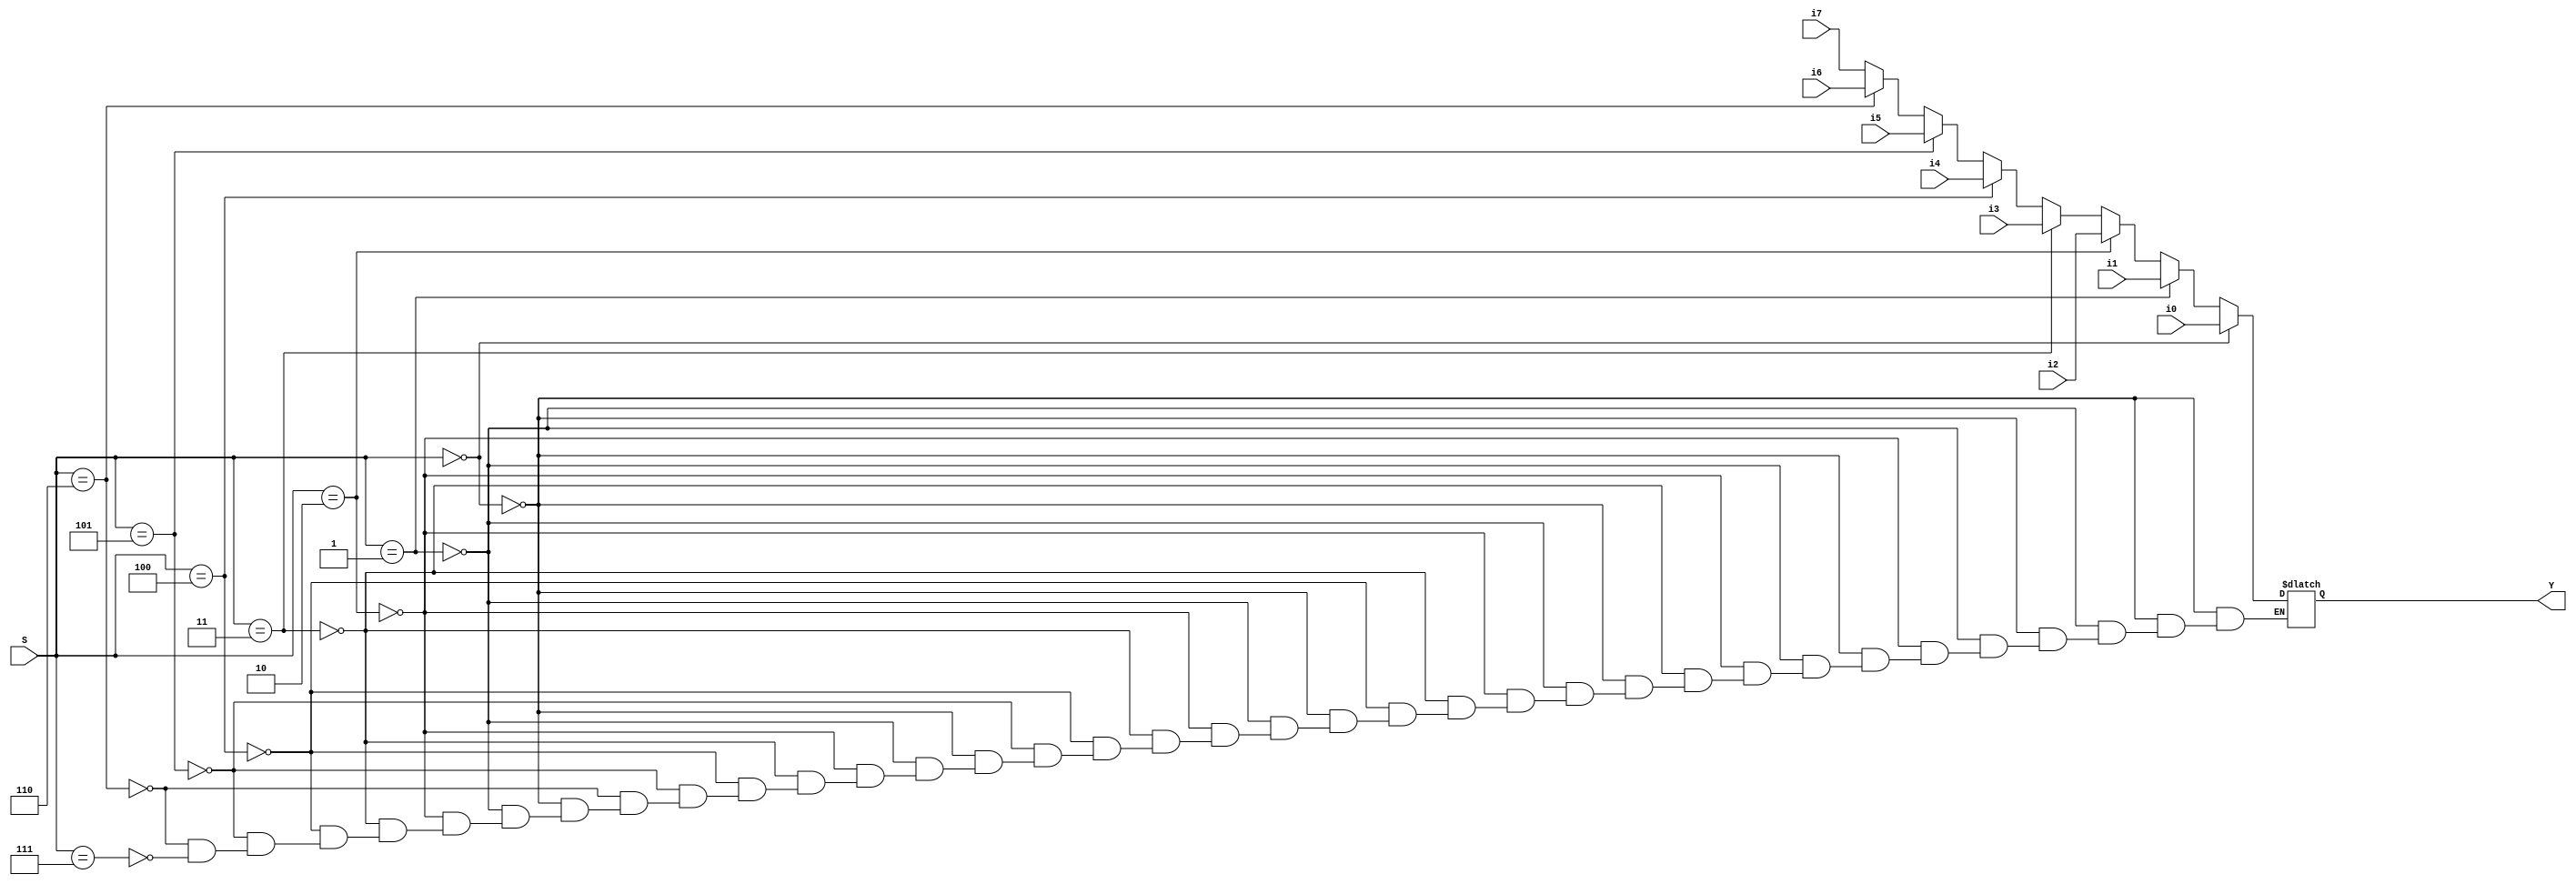
module mux81b(S,i7,i6,i5,i4,i3,i2,i1,i0,Y);
 input [2:0] S;
 input [3:0] i7;
 input [3:0] i6;
 input [3:0] i5;
 input [3:0] i4;
 input [3:0] i3;
 input [3:0] i2;
 input [3:0] i1;
 input [3:0] i0;
 output [3:0] Y;
 reg [3:0] Y;
always @(S,i7,i6,i5,i4,i3,i2,i1,i0) 
begin
    if(S==0)
      Y=i0;
 else if(S==1)
      Y=i1;
 else if(S==2)
      Y=i2;
 else if(S==3)
      Y=i3;
 else if(S==4)
      Y=i4;
 else if(S==5)
      Y=i5;
 else if(S==6)
      Y=i6;
 else if(S==7)
      Y=i7;
end
endmodule